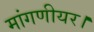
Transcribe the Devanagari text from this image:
मांगणीयर।